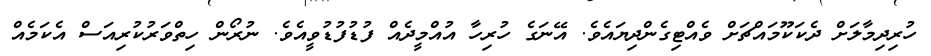
ހުރިދިމާލަށް ދެކަކޫމައްޗަށް ވެއްޓިގެންދިޔައެވެ. އޭނަގެ ހުރިހާ އުއްމީދެއް ފުޑުފުޑުވީއެވެ. ނުރޯން ހިތްވަރުކުރިއަސް އެކަމެއް